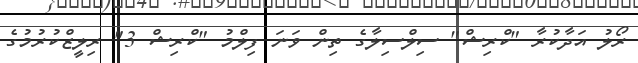
ރޯލު އަދާކުރާ "ކްރިޝް" ސިލްސިލާގެ ތިން ވަނަ ފިލްމު "ކްރިޝް 3" ރިލީޒްކުރުމުގެ